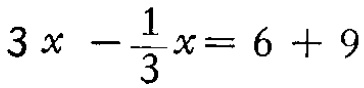
\(3x - \frac{1}{3}x = 6 + 9\)